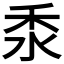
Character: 𥝸